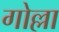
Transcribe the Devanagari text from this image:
गोल्ला